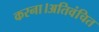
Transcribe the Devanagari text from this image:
करना।अतिवंचित